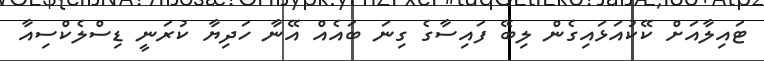
ޓައިލާއަށް ކޭކުއަޅައިގެން ލިބޭ ފައިސާގެ ގިނަ ބައެއް އޭނާ ހަދިޔާ ކުރަނީ ޑިސްލެކްސިއާ